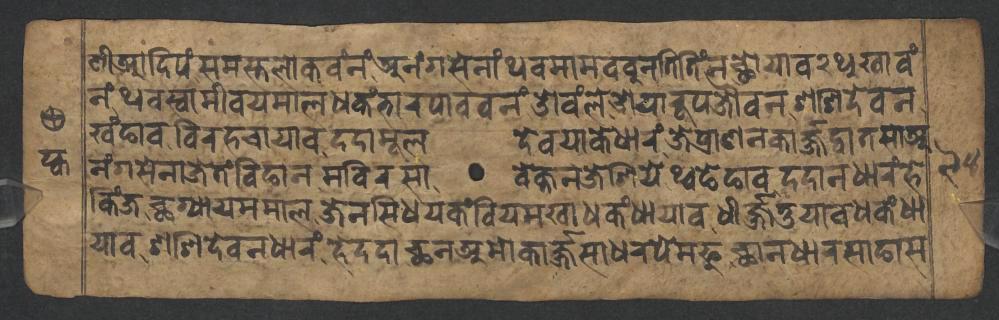
𑐞𑐷𑐁𑐡𑐶𑐥𑑄𑐳𑐩𑐳𑑂𑐟𑐮𑑀𑐎𑐰𑑄𑐣𑑄𑐀𑐣𑑄𑐐𑐳𑐾𑐣𑐵𑑄𑐠𑐰𑐩𑐵𑐩𑐧𑐧𑐸𑐣𑐟𑐶𑐟𑐶𑑄𑐣𑐕𑑀𑐫𑐵𑐰𑑒𑐠𑐸𑐏𑐵𑐰𑑄 𑐣𑑄𑐠𑐰𑐳𑑂𑐰𑐵𑐩𑐷𑐰𑐫𑐩𑐵𑐮𑐢𑐎𑑄𑐨𑐵𑐬𑐥𑐵𑐰𑐰𑐣𑑄𑐌𑐰𑑄𑐮𑐾𑐌𑐫𑐵𑐬𑐹𑐥𑐖𑑁𑐰𑐣𑐱𑐱𑐶𑐡𑐾𑐰𑐣 𑐏𑑄𑐒𑐵𑐰𑐰𑐶𑐬𑐴𑐔𑐵𑐫𑐵𑐰𑐡𑐡𑐵𑐩𑐹𑐮𑐡𑐾𑐰𑐫𑐵𑐎𑐾𑐢𑐵𑐬𑑄𑐖𑐾𑐥𑑂𑐬𑐵𑐞𑐣𑐎𑐵𑐬𑑂𑐖𑑂𑐖𑐡𑑂𑐰𑐵𑐟𑐳𑐵𑐀 𑐣𑑄𑐐𑐳𑐾𑐣𑐵𑐖𑐾𑐟𑑄𑐧𑐶𑐒𑐵𑐣𑐩𑐧𑐶𑐬𑐳𑐵𑐰𑐾𑐎𑑂𑐟𑐣𑐖𑐾𑐱𑐶𑐫𑐾𑐠𑑂𑐰𑐒𑐾𑐒𑐵𑐰𑐡𑐡𑐵𑐣𑐢𑐵𑐬𑑄𑐴𑐾 𑐎𑐶𑑄𑐖𑐕𑐐𑑂𑐫𑐵𑐫𑐩𑐩𑐵𑐮𑐖𑐾𑐣𑐳𑐶𑐢𑐫𑐎𑑄𑐧𑐶𑐫𑐩𑐏𑐵𑐢𑐎𑑄𑐢𑐵𑐫𑐵𑐰𑐢𑐷𑐬𑑂𑐖𑑂𑐖𑐟𑐸𑐫𑐵𑐰𑐢𑐎𑑄𑐢𑐵 𑐫𑐵𑐰𑐱𑐱𑐶𑐡𑐾𑐰𑐣𑐢𑐵𑐬𑑄𑐴𑐾𑐡𑐡𑐵𑐕𑐣𑐀𑐩𑑀𑐎𑐵𑐬𑑂𑐖𑑂𑐖𑐳𑐵𑐢𑐬𑐥𑐾𑐩𑐦𑐸𑐕𑐵𑐣𑐢𑐵𑐬𑐳𑐵𑐒𑐵𑐳